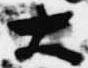
大